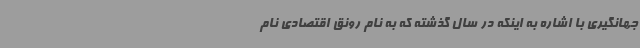
جهانگیری با اشاره به اینکه در سال گذشته که به نام رونق اقتصادی نام